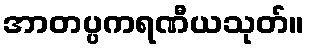
အာတပ္ပကရဏီယသုတ်။